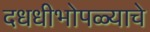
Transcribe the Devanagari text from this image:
दधधीभोपळ्याचे